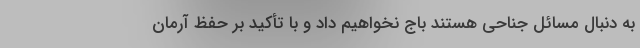
به دنبال مسائل جناحی هستند باج نخواهیم داد و با تأکید بر حفظ آرمان